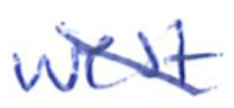
Text: West
Cross-out: diagonal
Writing tool: ballpoint